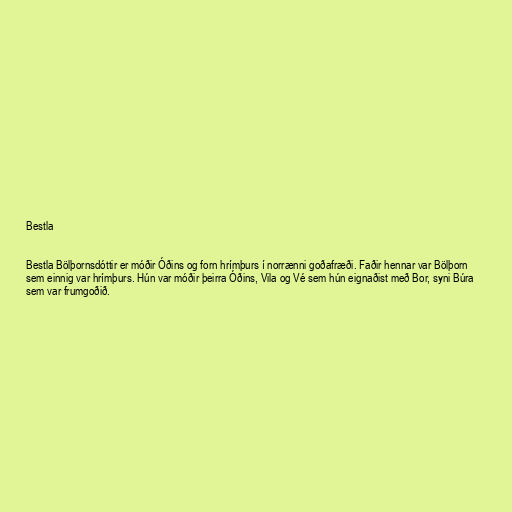
Bestla

Bestla Bölþornsdóttir er móðir Óðins og forn hrímþurs í norrænni goðafræði. Faðir hennar var Bölþorn
sem einnig var hrímþurs. Hún var móðir þeirra Óðins, Vila og Vé sem hún eignaðist með Bor, syni Búra
sem var frumgoðið.